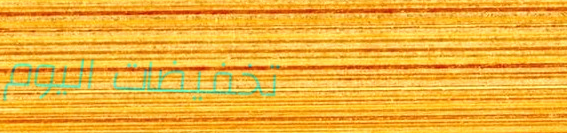
تخفيضات اليوم